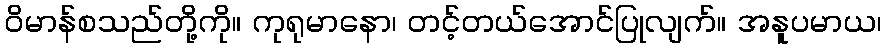
ဝိမာန်စသည်တို့ကို။ ကုရုမာနော၊ တင့်တယ်အောင်ပြုလျက်။ အနူပမာယ၊